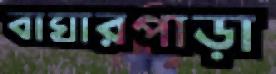
বাঘারপাড়া